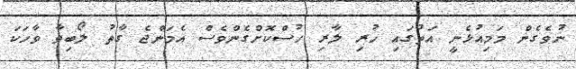
ނުވެގެން މަމިއުޅެނީ އަތުގައި ހުރި ލާރި ހުސްކޮށްގެންވެސް އެމަންޖެ ގާތު ލޯބިވާ ވާހަކަ